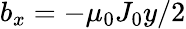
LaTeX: b_{x}=-\mu_{0}J_{0}y/2